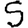
Digit: 5